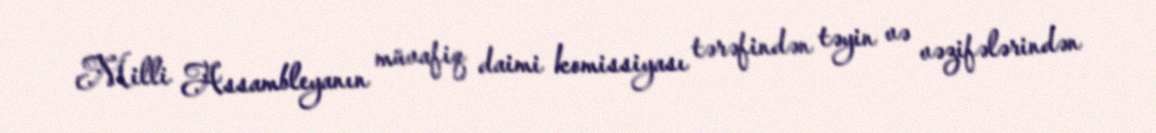
Milli Assambleyanın müvafiq daimi komissiyası tərəfindən təyin və vəzifələrindən